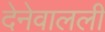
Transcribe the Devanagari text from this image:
देनेवालली